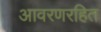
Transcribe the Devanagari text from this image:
आवरणरहित